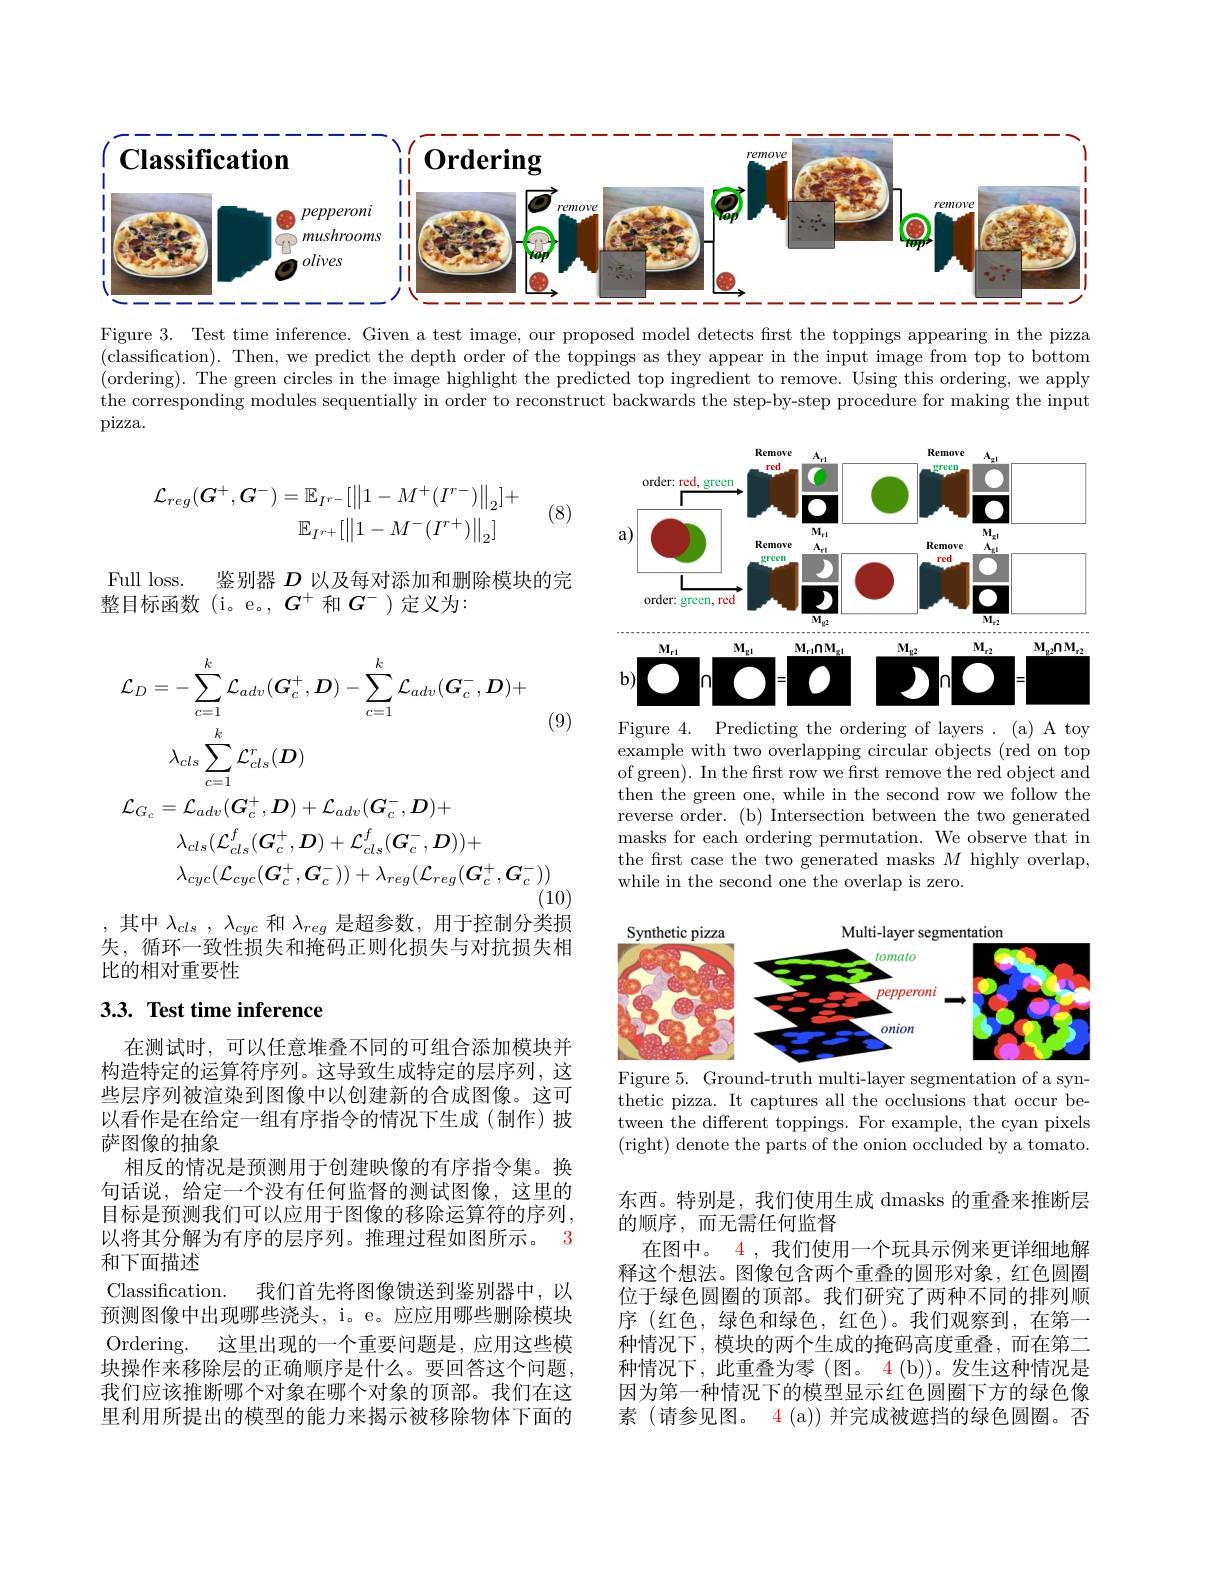
<FigureHere>

Figure 3. Test time inference. Given a test image, our proposed model detects first the toppings appearing in the pizza (classification). Then, we predict the depth order of the toppings as they appear in the input image from top bottom (ordering). The green circles in the image highlight the predicted top ingredient to remove. Using this ordering, we apply the corresponding modules sequentially in order to reconstruct backwards the step-by-step procedure for making the input pizza.
$$\mathcal{L}_{reg}(G^{+},G^{-})=\mathbb{E}_{I^{r-}}[\left\|1-M^{+}(I^{r-})\right\|_{2}]+\\\mathbb{E}_{I^{r+}}[\left\|1-M^{-}(I^{r+})\right\|_{2}]$$
(8)

<FigureHere>
Figure 4. Predicting the ordering of layers . (a) A toy

Full loss.
鉴别器$D$以及每对添加和删除模块的完
整目标函数(i。e。,$G^+$ 和$G^-$)定义为2
$$\begin{aligned}\mathcal{L}_{D}&=-\sum_{c=1}^{k}\mathcal{L}_{adv}(\boldsymbol{G}_{c}^{+},\boldsymbol{D})-\sum_{c=1}^{k}\mathcal{L}_{adv}(\boldsymbol{G}_{c}^{-},\boldsymbol{D})+\\&\lambda_{cls}\sum_{c=1}^{k}\mathcal{L}_{cls}^{r}(\boldsymbol{D})\\\mathcal{L}_{G_{c}}&=\mathcal{L}_{adv}(\boldsymbol{G}_{c}^{+},\boldsymbol{D})+\mathcal{L}_{adv}(\boldsymbol{G}_{c}^{-},\boldsymbol{D})+\\&\lambda_{cls}(\mathcal{L}_{cls}^{f}(\boldsymbol{G}_{c}^{+},\boldsymbol{D})+\mathcal{L}_{cls}^{f}(\boldsymbol{G}_{c}^{-},\boldsymbol{D}))+\\&\lambda_{cyc}(\mathcal{L}_{cyc}(\boldsymbol{G}_{c}^{+},\boldsymbol{G}_{c}^{-}))+\lambda_{reg}(\mathcal{L}_{reg}(\boldsymbol{G}_{c}^{+},\boldsymbol{G}_{c}^{-}))\end{aligned}$$
(9)

example with two overlapping circular objects (red on top of green). In the frst row we first remove the red object and then the green one, while in the second row we follow the reverse order. (b) Intersection between the two generated masks for each ordering permutation. We observe that in the frst case the two generated masks $M$ highly overlap, while in the second one the overlap is zero.

(10)
,其中$\lambda _cls$ , $\lambda _{cyc}$ 和$\lambda_{reg}$ 是超参数，用于控制分类损

失，循环一致性损失和掩码正则化损失与对抗损失相
比的相对重要性

<FigureHere>
Figure 5. Ground-truth multi-layer segmentation of a syn-

# 3.3. Test time inference

thetic pizza. It captures all the occlusions that occur between the different toppings. For example, the cyan pixels (right) denote the parts of the onion occluded by a tomato.

在测试时，可以任意堆叠不同的可组合添加模块并构造特定的运算符序列。这导致生成特定的层序列，这些层序列被渲染到图像中以创建新的合成图像。这可以看作是在给定一组有序指令的情况下生成(制作)披萨图像的抽象
相反的情况是预测用于创建映像的有序指令集。换句话说，给定一个没有任何监督的测试图像，这里的目标是预测我们可以应用于图像的移除运算符的序列， 以将其分解为有序的层序列。推理过程如图所示。3和下面描述
Classification. 我们首先将图像馈送到鉴别器中，以预测图像中出现哪些浇头，i。e。应应用哪些删除模块Ordering. 这里出现的一个重要问题是，应用这些模块操作来移除层的正确顺序是什么。要回答这个问题， 我们应该推断哪个对象在哪个对象的顶部。我们在这里利用所提出的模型的能力来揭示被移除物体下面的

东西。特别是，我们使用生成 dmasks 的重叠来推断层
的顺序，而无需任何监督
在图中。4 , 我们使用一个玩具示例来更详细地解释这个想法。图像包含两个重叠的圆形对象，红色圆圈位于绿色圆圈的顶部。我们研究了两种不同的排列顺序 (红色，绿色和绿色，红色)。我们观察到，在第一种情况下，模块的两个生成的掩码高度重叠，而在第二种情况下，此重叠为零(图。4(b))。发生这种情况是因为第一种情况下的模型显示红色圆圈下方的绿色像素 (请参见图。4 (a)) 并完成被遮挡的绿色圆圈。否